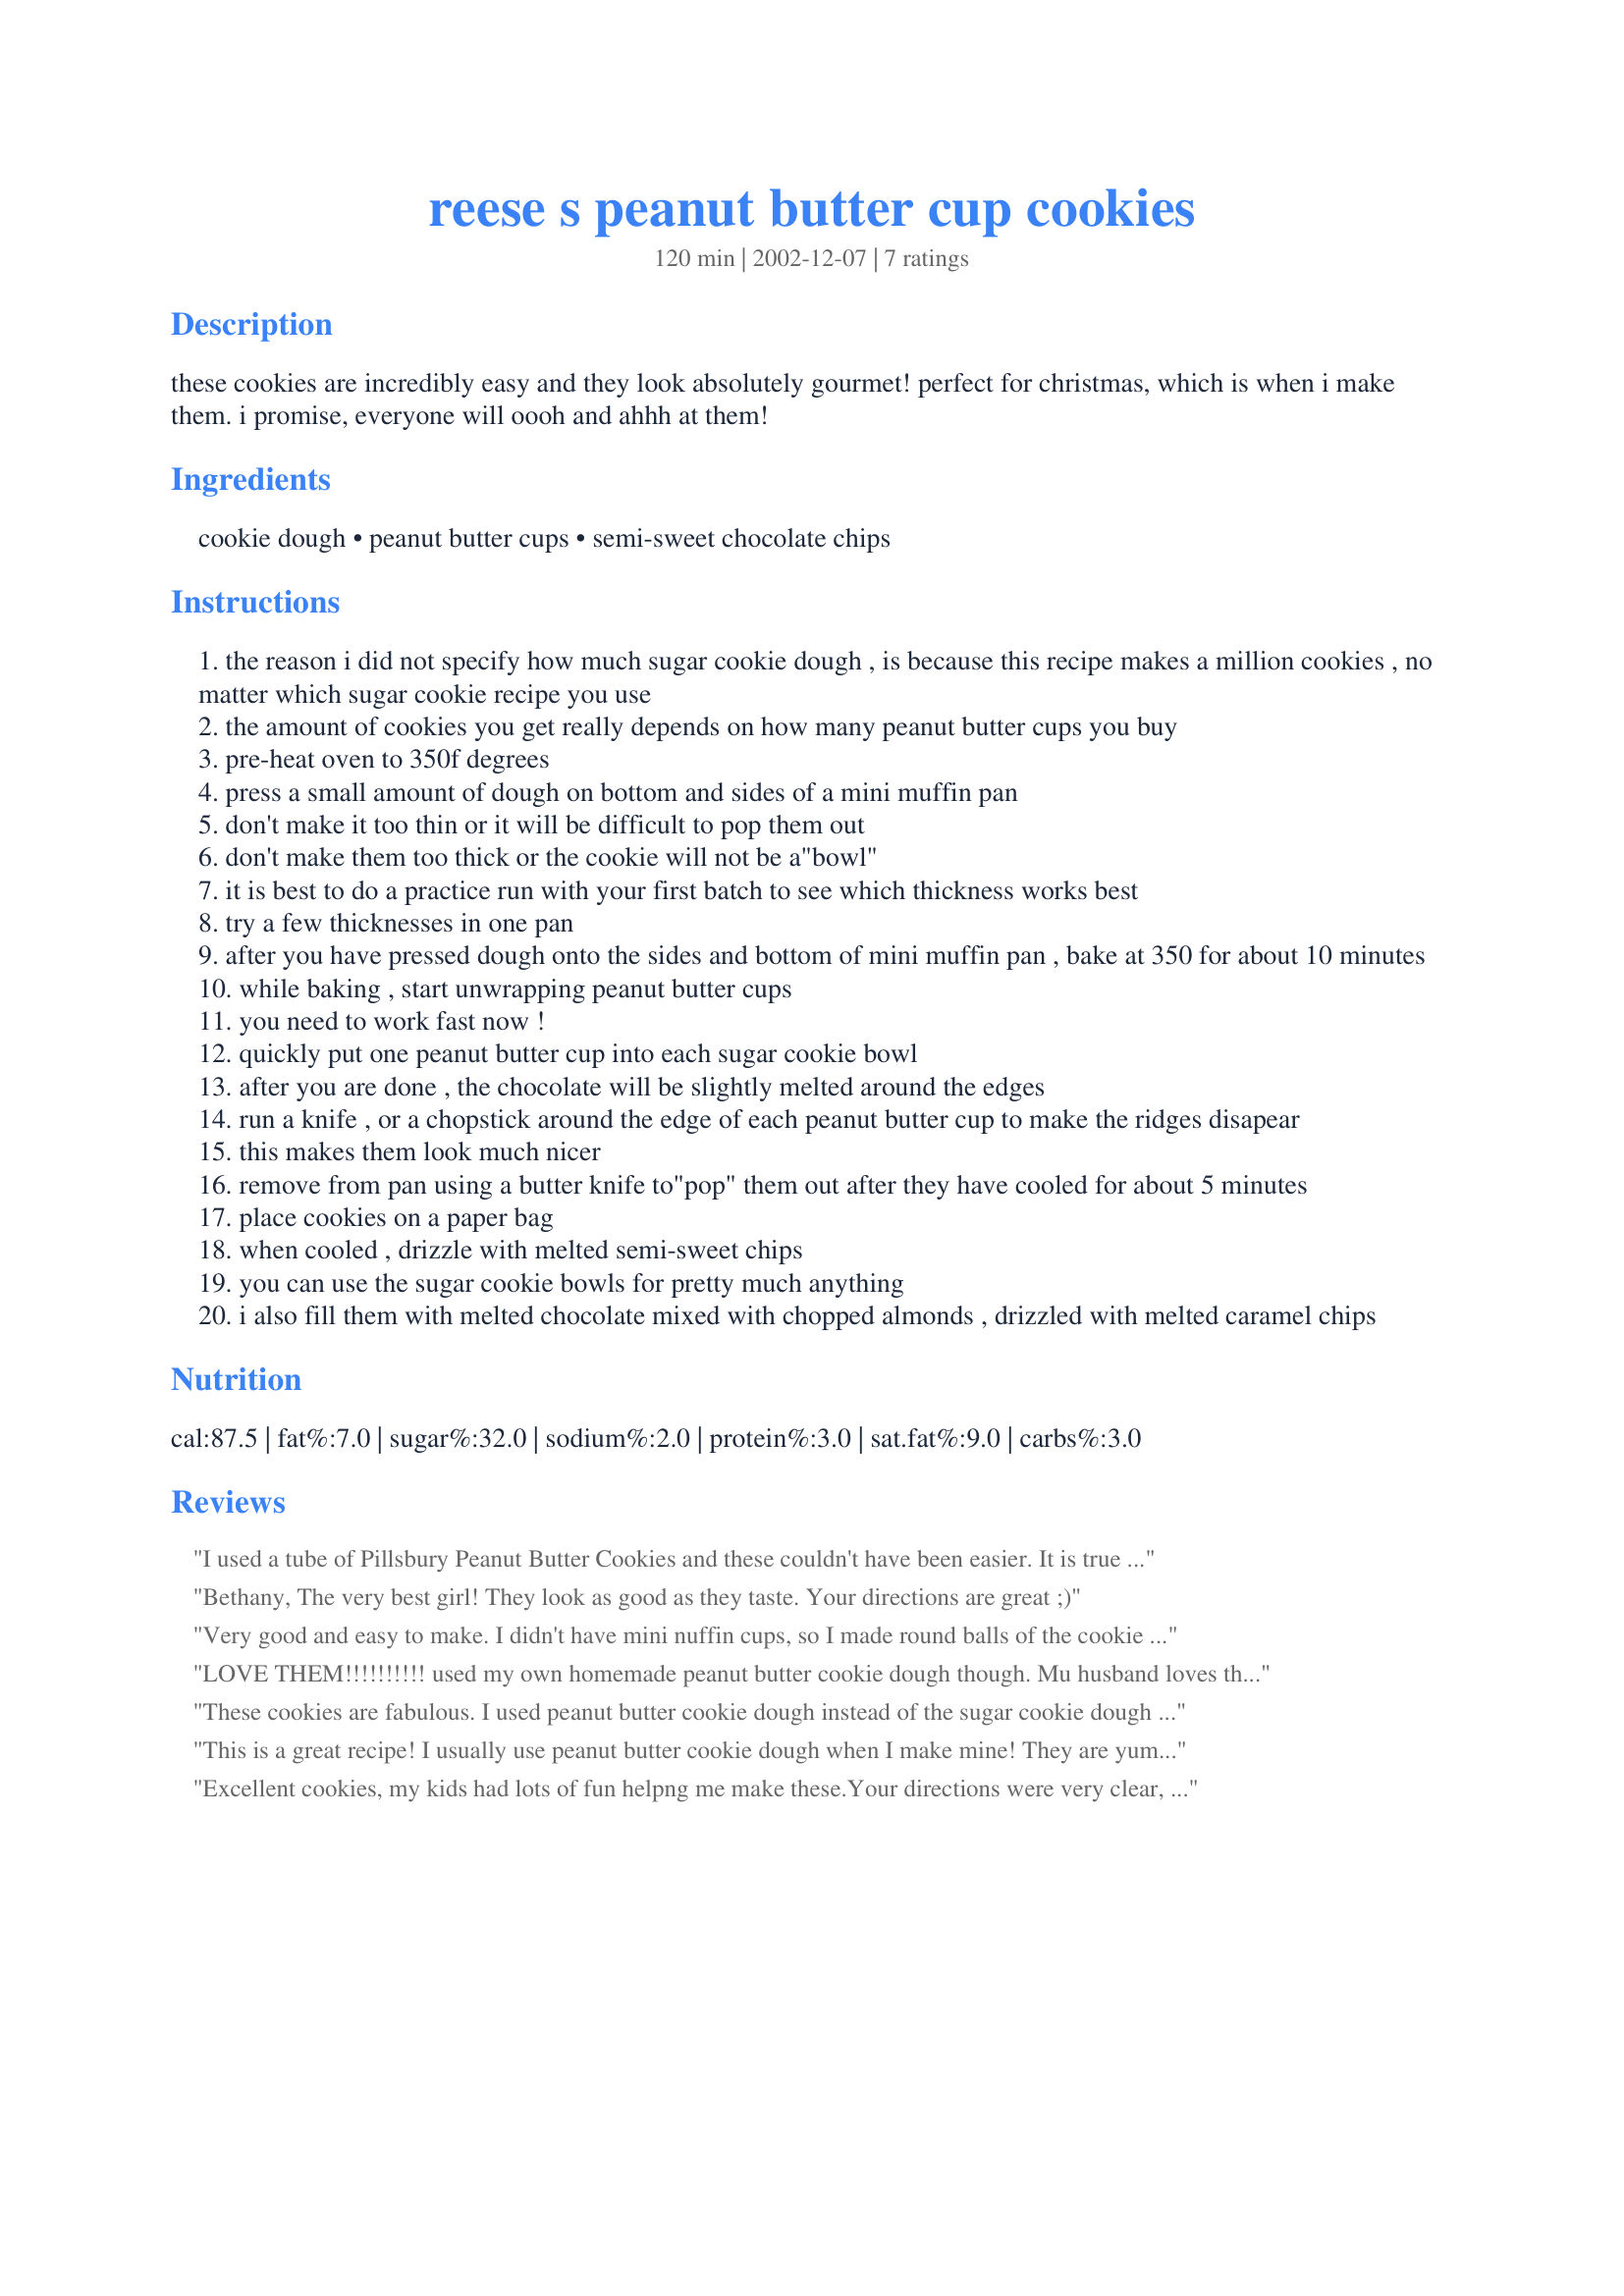
reese s peanut butter cup cookies
Preparation time: 120 minutes

these cookies are incredibly easy and they look absolutely gourmet! perfect for christmas, which is when i make them. i promise, everyone will oooh and ahhh at them!

Ingredients:
cookie dough, peanut butter cups, semi-sweet chocolate chips

Steps:
the reason i did not specify how much sugar cookie dough , is because this recipe makes a million cookies , no matter which sugar cookie recipe you use
the amount of cookies you get really depends on how many peanut butter cups you buy
pre-heat oven to 350f degrees
press a small amount of dough on bottom and sides of a mini muffin pan
don't make it too thin or it will be difficult to pop them out
don't make them too thick or the cookie will not be a"bowl"
it is best to do a practice run with your first batch to see which thickness works best
try a few thicknesses in one pan
after you have pressed dough onto the sides and bottom of mini muffin pan , bake at 350 for about 10 minutes
while baking , start unwrapping peanut butter cups
you need to work fast now !
quickly put one peanut butter cup into each sugar cookie bowl
after you are done , the chocolate will be slightly melted around the edges
run a knife , or a chopstick around the edge of each peanut butter cup to make the ridges disapear
this makes them look much nicer
remove from pan using a butter knife to"pop" them out after they have cooled for about 5 minutes
place cookies on a paper bag
when cooled , drizzle with melted semi-sweet chips
you can use the sugar cookie bowls for pretty much anything
i also fill them with melted chocolate mixed with chopped almonds , drizzled with melted caramel chips

Reviews:
I used a tube of Pillsbury Peanut Butter Cookies and these couldn't have been easier. It is true that you need to experiement with the thickness of the dough. Our first batch was too big, but with a little practice we got them just the right size. Once we put a ball of cookie dough in the pan we used a melon baller to put in a hole and mush it up the sides of the tin. This method worked the best. This was an great,easy recipe to use with the grandchildren.
Bethany, 
The very best girl! They look as good as they taste. Your directions are great ;)
Very good and easy to make. I didn't have mini nuffin cups, so I made round balls of the cookie dough and squished a Reeses in(then took it out) so it had a 'cup' shape. I also put the Reeses back in about 5,6 minutes into cooking and let them finish cooking with the Reeses in. They looked and tasted pretty good! Thanks for a great recipe, Bethany!
LOVE THEM!!!!!!!!!! used my own homemade peanut butter cookie dough though. Mu husband loves them---------will be making again and again! Also very easy to make!
These cookies are fabulous. I used peanut butter cookie dough instead of the sugar cookie dough and sprinkled mini holly candies on top of the melted chocolate. They taste so good and look so festive. They really look like little flowers. Thanks so much for a great recipe.
This is a great recipe! I usually use peanut butter cookie dough when I make mine! They are yummy!!!
Excellent cookies, my kids had lots of fun helpng me make these.Your directions were very clear, but we had trouble figuring out just how much was too much or too little in the muffin tins. We used festive paper liners for the tins, and even though the cookies were not perfect, they still looked nice. We used Lennie's Perfect Peanut Butter Cookie dough #73960, a winning combo with your recipe. Thanks for sharing, Bethany!
